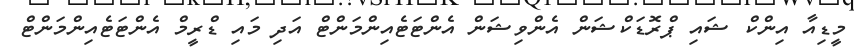
މީޑިއާ އިންކް ޝައި ޕްރޮޑަކްޝަން އެންވިޝަން އެންޓަޓެއިންމަންޓް އަދި މައި ޑްރީމް އެންޓަޓެއިންމަންޓް